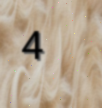
4